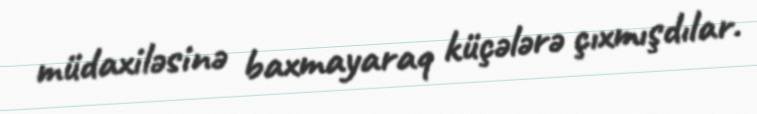
müdaxiləsinə baxmayaraq küçələrə çıxmışdılar.